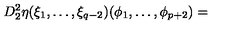
D _ { 2 } ^ { 2 } \eta ( { \xi } _ { 1 } , \ldots , { \xi } _ { q - 2 } ) ( { \phi } _ { 1 } , \ldots , { \phi } _ { p + 2 } ) =